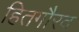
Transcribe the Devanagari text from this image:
हितगौरव